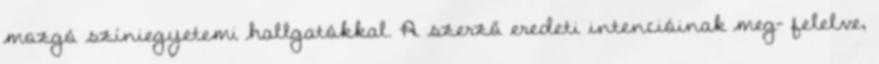
mozgó színiegyetemi hallgatókkal. A szerző eredeti intencióinak meg- felelve,